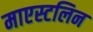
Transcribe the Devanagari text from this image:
माएस्टलिन